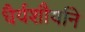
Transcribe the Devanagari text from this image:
धैर्यशौर्याने